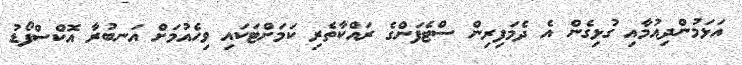
އަޅަމުންދިއުމާއި ގުޅިގެން އެ ދެމަފިރިން ސްޓެފަންގެ ރައްކާތެރި ކަމަށްޓަކައި ވިހެއުމަށް އަނބުރާ އޮކްސްފޯޑު